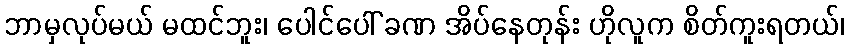
ဘာမှလုပ်မယ် မထင်ဘူး၊ ပေါင်ပေါ် ခဏ အိပ်နေတုန်း ဟိုလူက စိတ်ကူးရတယ်၊